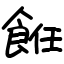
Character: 餁